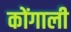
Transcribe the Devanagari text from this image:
कोंगाली